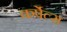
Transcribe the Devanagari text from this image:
कर्पेल्स